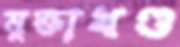
মুক্তাখণ্ড